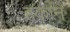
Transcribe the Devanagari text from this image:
हकान